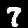
Label: 7